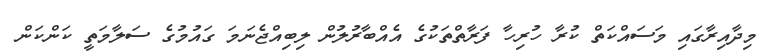
މިދާއިރާގައި މަސައްކަތް ކުރާ ހުރިހާ ފަރާތްތަކުގެ އެއްބާރުލުން ލިބިއްޖެނަމަ ގައުމުގެ ސަލާމަތީ ކަންކަން